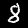
Label: 8